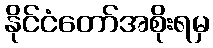
နိုင်ငံတော်အစိုးရမှ